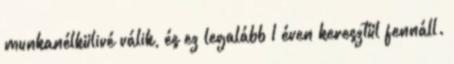
munkanélkülivé válik, és ez legalább 1 éven keresztül fennáll.